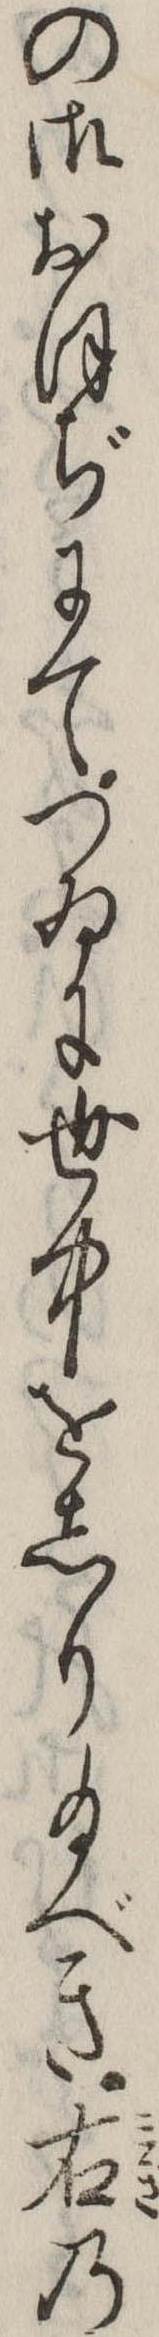
の御おほぢにてつゐに世中をしり給べき右の